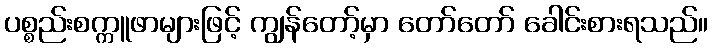
ပစ္စည်းစက္ကူဖာများဖြင့် ကျွန်တော့်မှာ တော်တော် ခေါင်းစားရသည်။